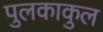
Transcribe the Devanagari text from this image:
पुलकाकुल